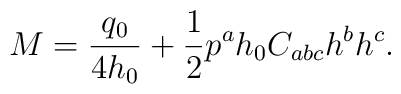
M={{q_0}\over{4h_0}}+{1\over 2}p^ah_0C_{abc}h^bh^c.